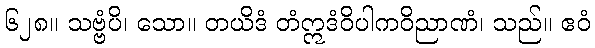
၆၂၈။ သဗ္ဗံပိ၊ သော။ တယိဒံ တံဣဒံဝိပါကဝိညာဏံ၊ သည်။ ဧဝံ